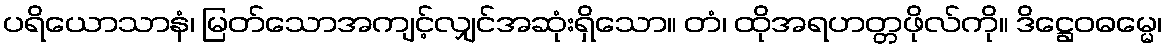
ပရိယောသာနံ၊ မြတ်သောအကျင့်လျှင်အဆုံးရှိသော။ တံ၊ ထိုအရဟတ္တဖိုလ်ကို။ ဒိဋ္ဌေဝဓမ္မေ၊